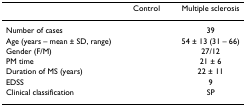
<table><thead><tr><td>[EMPTY_CELL]</td><td><b>Control</b></td><td><b>Multiple sclerosis</b></td></tr></thead><tbody><tr><td>Number of cases</td><td>[EMPTY_CELL]</td><td>39</td></tr><tr><td>Age (years – mean ± SD, range)</td><td>[EMPTY_CELL]</td><td>54 ± 13 (31 – 66)</td></tr><tr><td>Gender (F/M)</td><td>[EMPTY_CELL]</td><td>27/12</td></tr><tr><td>PM time</td><td>[EMPTY_CELL]</td><td>21 ± 6</td></tr><tr><td>Duration of MS (years)</td><td>[EMPTY_CELL]</td><td>22 ± 11</td></tr><tr><td>EDSS</td><td>[EMPTY_CELL]</td><td>9</td></tr><tr><td>Clinical classification</td><td>[EMPTY_CELL]</td><td>SP</td></tr></tbody></table>